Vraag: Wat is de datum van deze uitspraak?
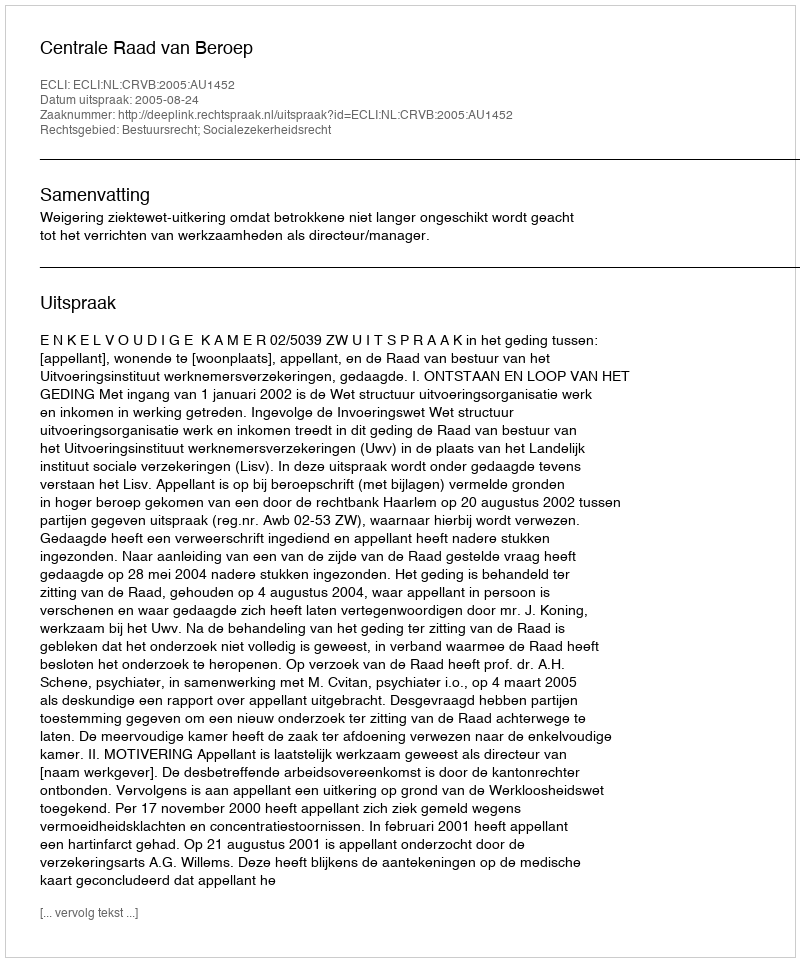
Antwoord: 2005-08-24